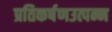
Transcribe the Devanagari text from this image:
प्रतिकर्षणउत्पन्न